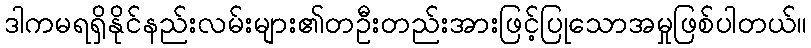
ဒါကမရရှိနိုင်နည်းလမ်းများ၏တဦးတည်းအားဖြင့်ပြုသောအမှုဖြစ်ပါတယ်။